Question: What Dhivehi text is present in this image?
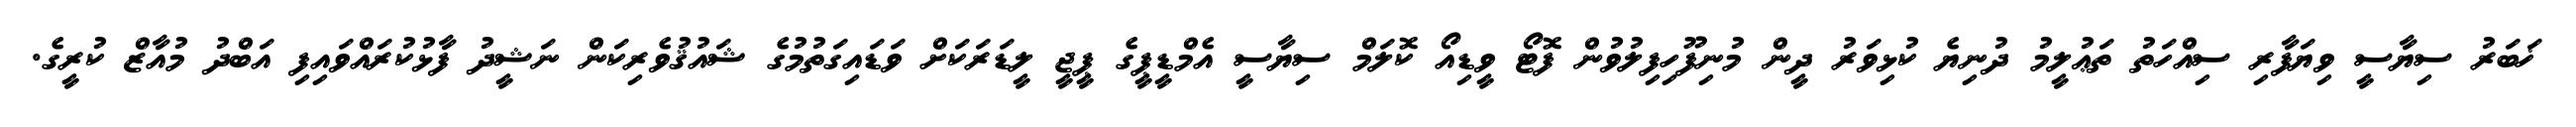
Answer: ޚަބަރު ސިޔާސީ ވިޔަފާރި ސިއްހަތު ތަޢުލީމު ދުނިޔެ ކުޅިވަރު ދީން މުނިފޫހިފިލުވުން ފޮޓޯ ވީޑިއޯ ކޮލަމް ސިޔާސީ އެމްޑީޕީގެ ޕީޖީ ލީޑަރަކަށް ވަޑައިގަތުމުގެ ޝައުޤުވެރިކަން ނަޝީދު ފާޅުކުރައްވައިފި އަބްދު މުއާޒް ކުރީގެ.